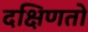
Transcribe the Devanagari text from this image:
दक्षिणतो